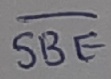
Text: SBE